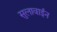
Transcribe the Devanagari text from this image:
सुलावाईन